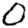
Digit: 0